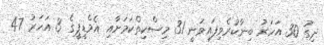
ދިގު 30 އަހަރު ބިނާކުރެވިފައިވަނީ 31 މިސްކިތްކަމަށާއި އެމްޑީޕީގެ 3 އަހަރު 47